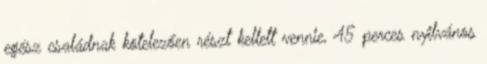
egész családnak kötelezően részt kellett vennie, 45 perces nyilvános